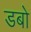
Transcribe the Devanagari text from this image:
डबो